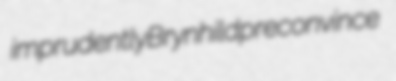
imprudently Brynhild preconvince